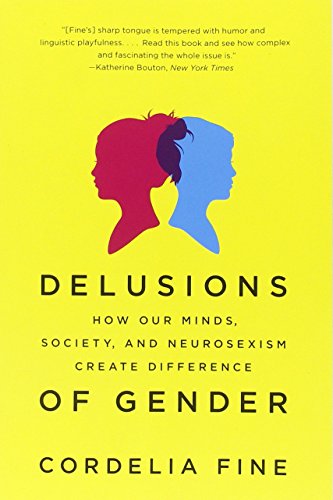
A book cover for Delusions of Gender: How Our Minds, Society, and Neurosexism Create Difference; Cordelia Fine; Medical Books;